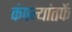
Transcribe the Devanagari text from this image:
कंपन्यांतर्फे